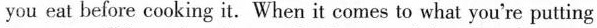
you eat before cooking it. When it comes to what you're putting